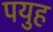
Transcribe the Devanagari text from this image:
पयुह